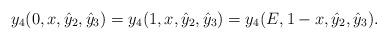
LaTeX: \begin{align*}y_4(0,x,\hat{y}_2,\hat{y}_3)=y_4(1,x,\hat{y}_2,\hat{y}_3)=y_4(E,1-x,\hat{y}_2,\hat{y}_3). \end{align*}